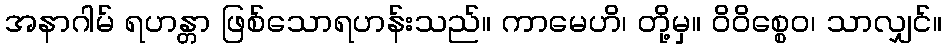
အနာဂါမ် ရဟန္တာ ဖြစ်သောရဟန်းသည်။ ကာမေဟိ၊ တို့မှ။ ဝိဝိစ္စေဝ၊ သာလျှင်။